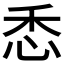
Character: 𢘳